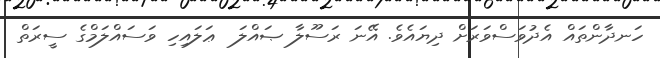
ހަނދާންތައް އެދުވަސްވަރަށް ދިޔައެވެ. އޭނަ ރަސޫލާ ޞައްލަ  ޢަލައިހި ވަސައްލަމްގެ ސީރަތް